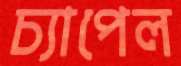
চ্যাপেল